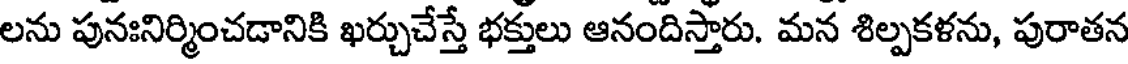
లను పునఃనిర్మించడానికి ఖర్చుచేస్తే భక్తులు ఆనందిస్తారు. మన శిల్పకళను, పురాతన